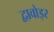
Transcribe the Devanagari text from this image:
द्वावोइर